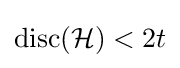
\operatorname {disc} ({\mathcal {H}})<2t